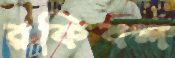
রকিবল